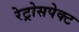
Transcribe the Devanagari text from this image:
रेट्रोसपेक्ट